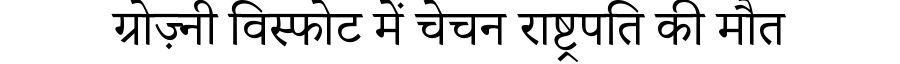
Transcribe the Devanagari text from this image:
ग्रोज़्नी विस्फोट में चेचन राष्ट्रपति की मौत